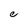
Character: e